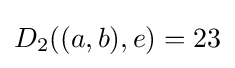
D_{2}((a,b),e)=23